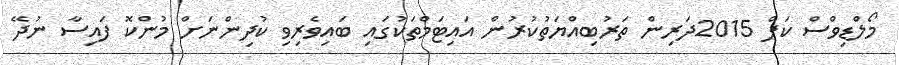
މޯލްޑިވްސް ކަޕް 2015ދަރިން ތަރުބިއްޔަތުކުރުން އައިޓަމްތަކުގައި ބައިވެރިވި ކުދިންނަށް މުންކޮ ފައިސާ ނުދޭ